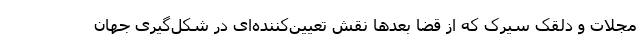
مجلات و دلقک سیرک که از قضا بعدها نقش تعیین‌کننده‌ای در شکل‌گیری جهان